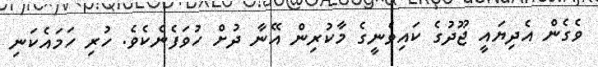
ވެގެން އެދިޔައީ ޖޫދުގެ ކައިވެނީގެ މާކުރިން އޭނާ ދުށް ހުވަފެނެކެވެ. ހުރި ހަމައެކަނި